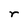
Character: r